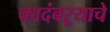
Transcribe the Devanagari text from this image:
कादंबऱ्याचे